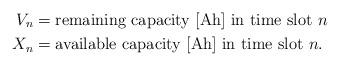
LaTeX: \begin{align*}V_n&=\mbox{remaining capacity [Ah] in time slot $n$}\\X_n&=\mbox{available capacity [Ah] in time slot $n$.} \end{align*}